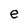
Character: e